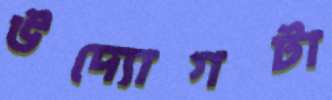
উদ্যোগটা